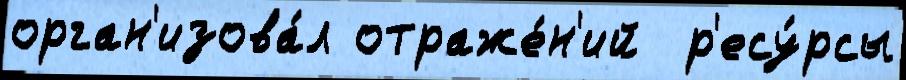
орган'изова́л отраже́н'ий  р'есу́рсы